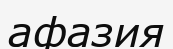
афазия